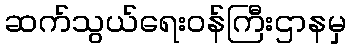
ဆက်သွယ်ရေးဝန်ကြီးဌာနမှ